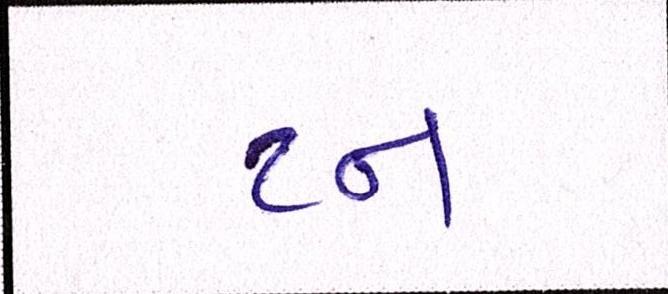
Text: ટન